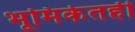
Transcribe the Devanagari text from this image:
भूमिकेतही